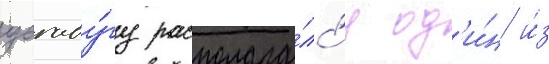
уагаду́гу располага́лс'я од'и́н и́з